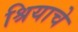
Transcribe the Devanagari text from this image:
श्रियाचे